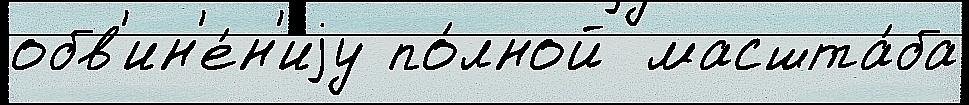
обв'ин'е́н'иjу по́лной  масшта́ба